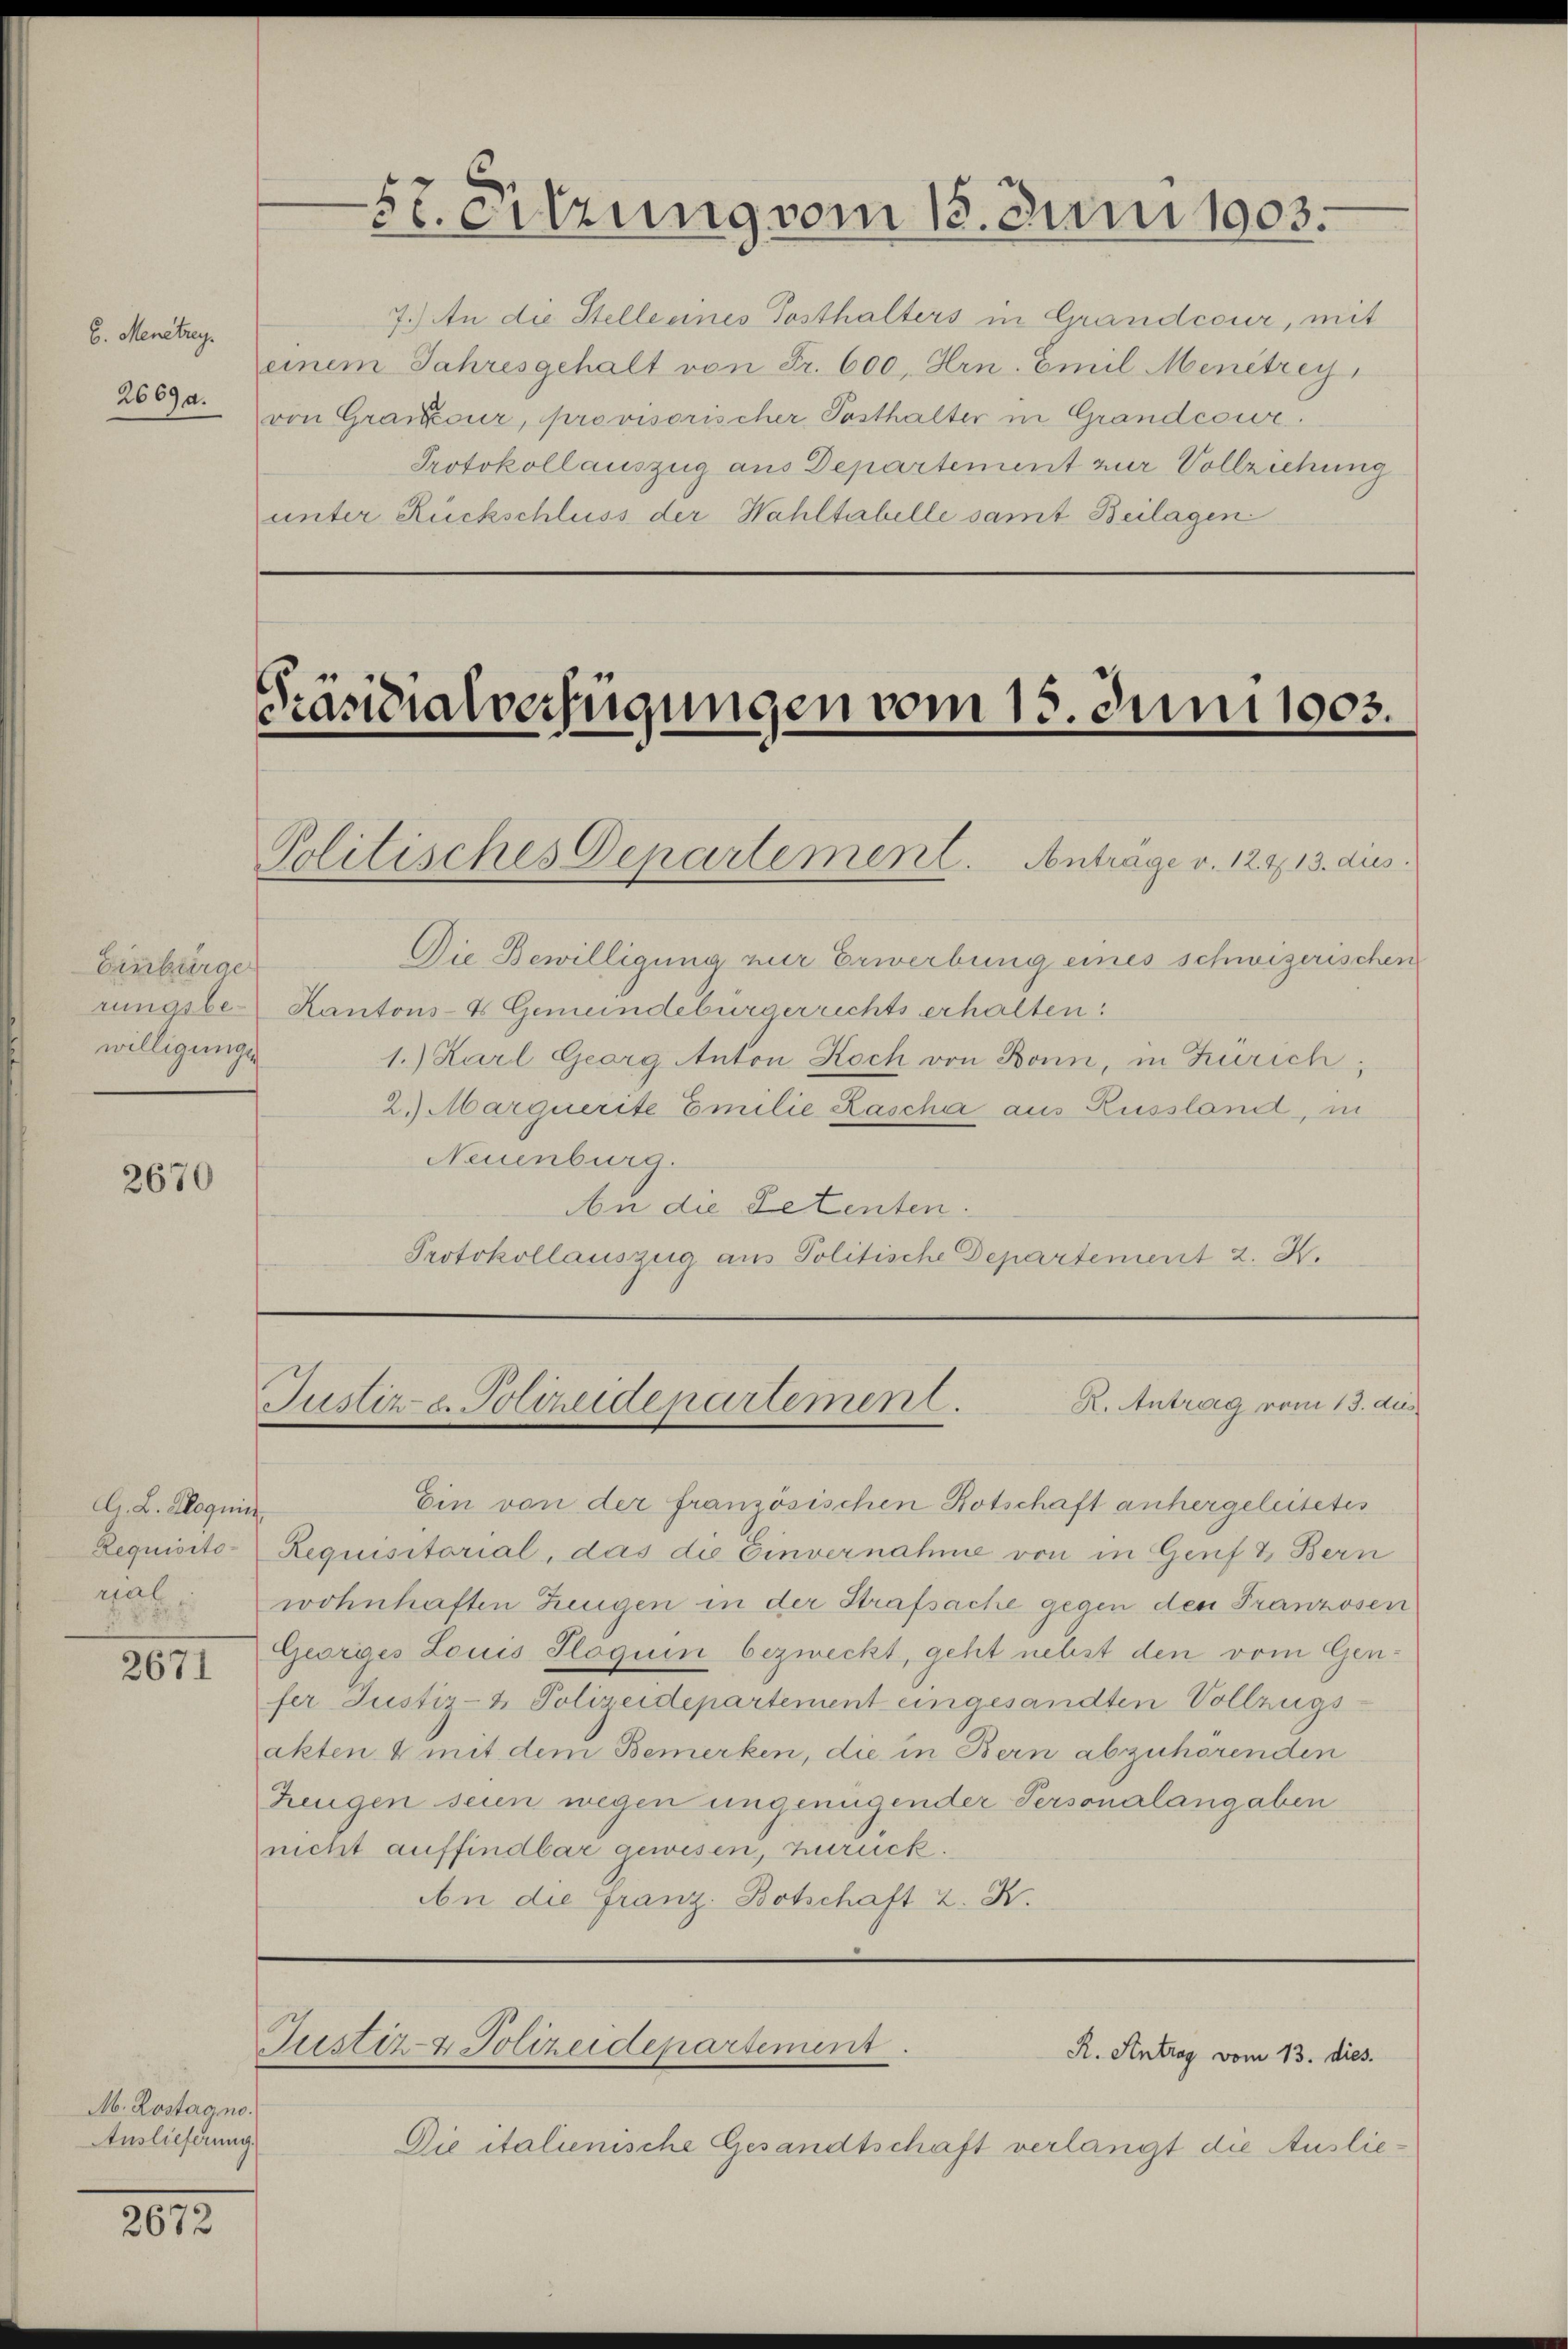
E. Menetrey.
2669.

Bierbürge
willigungen

2670

G. L. Coquin
Requisito-
gal

2671

M. Rostagno
Auslieferung.

2672

Präsidialverfügungen vom 15. Juni 1903.

Politisches Departement. Antrage v. 12413. dies

5t. Sitzung vom 18. Juni 1903.

7.) An die Stelle eines Posthalters in Grandcour, mit
einem Jahresgehalt von Fr. 600, Hrn. Emil Menêtrey
von Gränz(...), provisorischer Posthalter in Grandcour.
Protokoll auszug aus Departement zur Vollziehung
unter Rückschluss der Wahltabelle samt Beilagen.

R. Antrag vom 13. dies.
Justiz- & Polizeidepartement.

Justiz- & Polizeidepartement.

Die Bewilligung zur Erwerbung eines schwizerischen
rungsbe-Kantons- & Gemeindebürgerrichts erhalten:
1.) Karl Georg Anton Koch von Bonn, in Zürich;
2.) Marquerite Emilie Kascha aus Russland, in
Neuenburg.
An die Petenten.
Protokollauszug aus Politische Departement 2. X.

Ein von der französischen Botschaft anhergeleitetes
Requisitorial, das die Einvernahme von in Genf & Bern
wohnhaften Zeugen in der Strafsache gegen den Franzosen
Georges Louis Sloquin bezweckt, geht nebst den vom Genfer Justiz- & Polizeidepartement eingesandten Vollzugsakten & mit dem Bemerken, die in Bern abzuhörenden
Zeugen sein wegen ungenügender Personalangaben
nicht auffindbar gewesen, zurück.
An die Franz-Botschaft z. K.

Die italienische Gesandtschaft verlangt die Auslie¬

R. Antrag vom 13. dies.